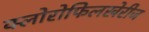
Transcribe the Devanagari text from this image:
क्लोरोफिलखेरीज